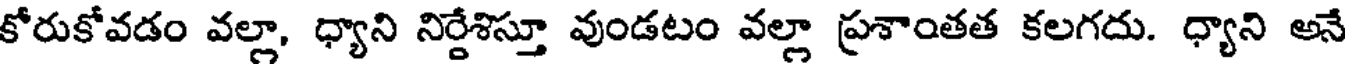
కోరుకోవడం వల్లా, ధ్యాని నిర్దేశిస్తూ వుండటం వల్లా ప్రశాంతత కలగదు. ధ్యాని అనే